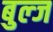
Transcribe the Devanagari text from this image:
बुल्ज